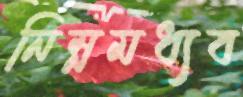
নিম্নমধ্যব